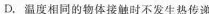
D.温度相同的物体接触时不发生热传递